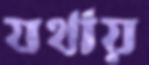
যথায়